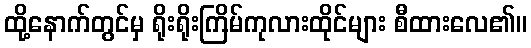
ထို့နောက်တွင်မှ ရိုးရိုးကြိမ်ကုလားထိုင်များ စီထားလေ၏။